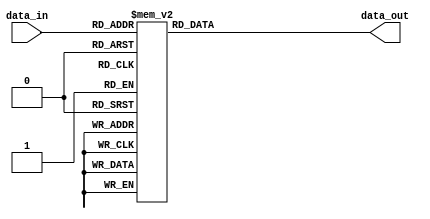
module Decoder(data_in, data_out);
	
	input [2:0] data_in;
	output [7:0] data_out;

	reg [7:0] data_out;

	always @(data_in)
	begin
	case(data_in)
		3'b000 : data_out = 8'b00000001;
		3'b001 : data_out = 8'b00000010;
		3'b010 : data_out = 8'b00000100;
		3'b011 : data_out = 8'b00001000;
		3'b100 : data_out = 8'b00010000;
		3'b101 : data_out = 8'b00100000;
		3'b110 : data_out = 8'b01000000;
		3'b111 : data_out = 8'b10000000;
		
		default : data_out = 8'b00000000;
	endcase
	end
endmodule